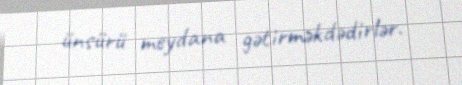
ünsürü meydana gətirməkdədirlər.